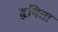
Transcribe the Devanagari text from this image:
हृषिता